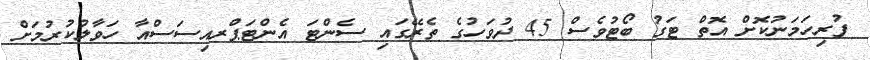
ފުރިހަމަނުކޮށް އޮތް ޓަގު ބޯޓުވެސް 45 ދުވަހުގެ ތެރޭގައި ސެންޓަ އެންޓަޕްރއިސަސްއާ ހަވާލުކުރުމަށް